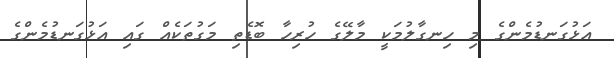
އަޅުގަނޑުމެންގެ މި ހިނގާލުމަކީ މާލޭގެ ހުރިހާ ބޮޑެތި މަގުތަކެއް ގައި އަޅުގަނޑުމެންގެ